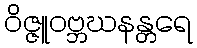
ဝိဇ္ဇူဝဗ္ဘဃနန္တရေ